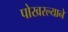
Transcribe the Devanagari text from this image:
पोखरल्याने